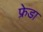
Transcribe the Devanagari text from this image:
फ्रेडा